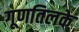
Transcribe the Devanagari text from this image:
गूणतिलके